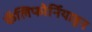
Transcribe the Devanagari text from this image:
कॅलिफोर्नियाहून